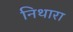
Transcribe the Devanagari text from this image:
निथारा